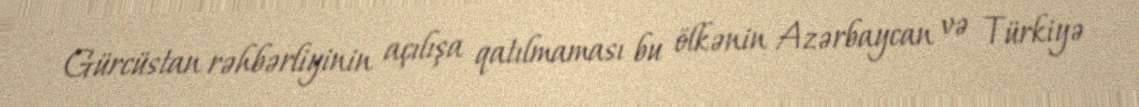
Gürcüstan rəhbərliyinin açılışa qatılmaması bu ölkənin Azərbaycan və Türkiyə